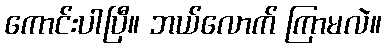
ကောင်းပါပြီ။ ဘယ်လောက် ကြာမလဲ။